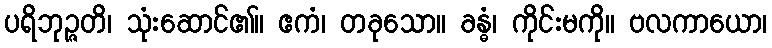
ပရိဘုဉ္ဇတိ၊ သုံးဆောင်၏။ ဧကံ၊ တခုသော။ ခန္ဓံ၊ ကိုင်းမကို။ ဗလကာယော၊